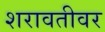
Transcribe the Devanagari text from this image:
शरावतीवर